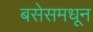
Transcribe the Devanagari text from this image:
बसेसमधून